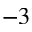
^ { - 3 }